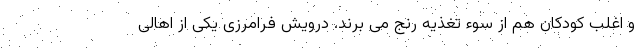
و اغلب کودکان هم از سوء تغذیه رنج می برند. درویش فرامرزی یکی از اهالی